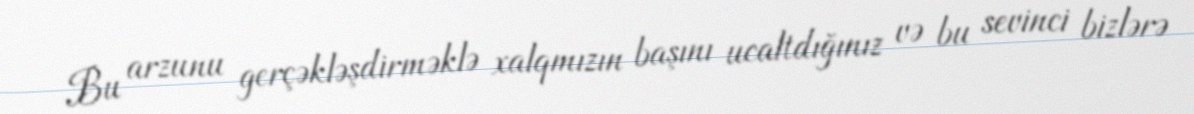
Bu arzunu gerçəkləşdirməklə xalqmızın başını ucaltdığınız və bu sevinci bizlərə